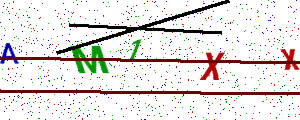
Text: AM1XX